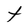
Character: t